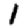
Digit: 1